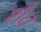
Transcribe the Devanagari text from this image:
शैच